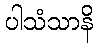
ပါသံသာနိ